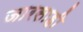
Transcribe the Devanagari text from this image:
जारसाही